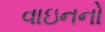
વાઇનનો